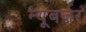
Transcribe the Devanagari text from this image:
न्यूबर्जर